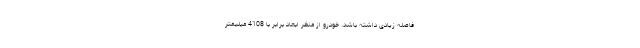
فاصله زیادی داشته باشد. خودرو از منظر ابعاد برابر با 4108 میلیمتر